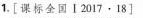
1.[课标全国Ⅰ2017·18]